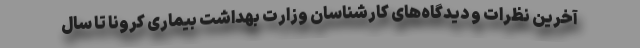
آخرین نظرات و دیدگاه‌های کارشناسان وزارت بهداشت بیماری کرونا تا سال